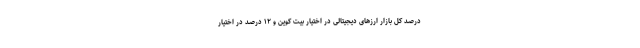
درصد کل بازار ارزهای دیجیتالی در اختیار بیت کوین و ۱۲ درصد در اختیار